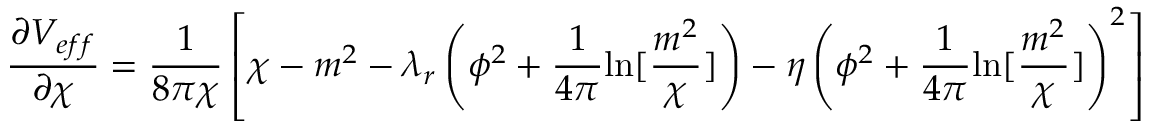
\frac { \partial V _ { e f f } } { \partial \chi } = \frac { 1 } { 8 \pi \chi } \left[ \chi - m ^ { 2 } - \lambda _ { r } \left( \phi ^ { 2 } + \frac { 1 } { 4 \pi } { \ln } [ \frac { m ^ { 2 } } { \chi } ] \right) - \eta \left( \phi ^ { 2 } + \frac { 1 } { 4 \pi } { \ln } [ \frac { m ^ { 2 } } { \chi } ] \right) ^ { 2 } \right]